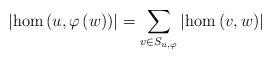
LaTeX: \begin{align*}\left|\hom\left(u,\varphi\left(w\right)\right)\right|=\sum_{v\in S_{u,\varphi}}\left|\hom\left(v,w\right)\right|\end{align*}